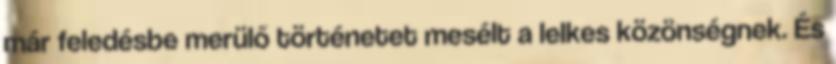
már feledésbe merülő történetet mesélt a lelkes közönségnek. És